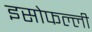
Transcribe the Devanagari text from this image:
इसोफल्ली